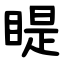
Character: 睼